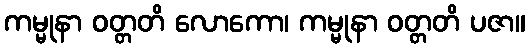
ကမ္မုနာ ဝတ္တတိ လောကော၊ ကမ္မုနာ ဝတ္တတိ ပဇာ။